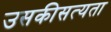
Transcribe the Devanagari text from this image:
उसकीसत्यता